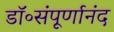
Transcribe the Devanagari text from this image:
डॉ॰संपूर्णानंद